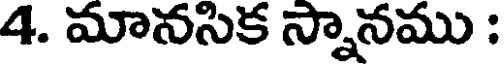
4. మానసిక స్నానము :